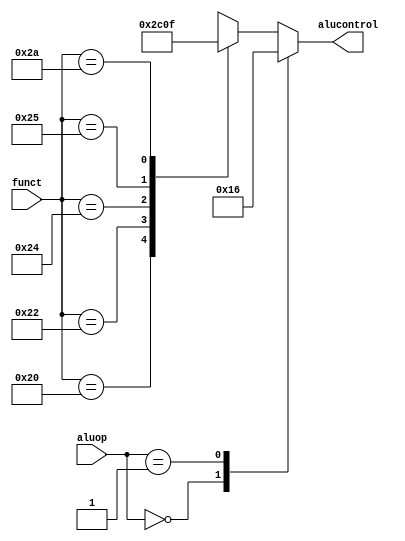
`timescale 1ns / 1ps
//////////////////////////////////////////////////////////////////////////////////
// Company: 
// 
// Design Name: 
// Module Name: alu_decoder
// Project Name: 
// Target Devices: 
// Tool Versions: 
// Description: 
// 
// Dependencies: 
// 
// Revision:
// Revision 0.01 - File Created
// Additional Comments:
// 
//////////////////////////////////////////////////////////////////////////////////


module alu_decoder(
    input [5:0] funct,
    input [1:0] aluop,
    output reg [2:0] alucontrol
    );
    
    always@(*)
    case(aluop)
    2'b00:alucontrol<=3'b010;//add
    2'b01:alucontrol<=3'b110;//sub
    default://R-type
        case(funct)
        6'b100000:alucontrol<=3'b010;//ADD
        6'b100010:alucontrol<=3'b110;//SUB
        6'b100100:alucontrol<=3'b000;//AND
        6'b100101:alucontrol<=3'b001;//OR
        6'b101010:alucontrol<=3'b111;//SLT
        default:alucontrol<=3'bxxx;//???
        endcase
    endcase
            
endmodule